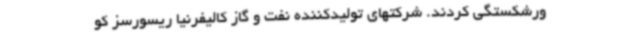
ورشکستگی کردند. شرکتهای تولیدکننده نفت و گاز کالیفرنیا ریسورسز کو